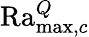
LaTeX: \mathrm{Ra}_{\operatorname*{max},c}^{Q}